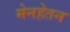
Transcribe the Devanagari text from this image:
मेनहेतन